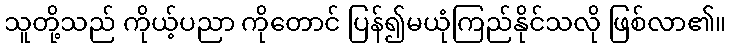
သူတို့သည် ကိုယ့်ပညာ ကိုတောင် ပြန်၍မယုံကြည်နိုင်သလို ဖြစ်လာ၏။